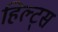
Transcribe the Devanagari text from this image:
हिल्ट्स